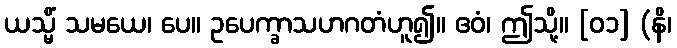
ယသ္မိံ သမယေ၊ ပေ။ ဥပေက္ခာသဟဂတံဟူ၍။ ဧဝံ၊ ဤသို့။ [၀၁] (နိ၊